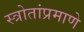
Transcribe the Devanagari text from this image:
स्त्रोतांप्रमाणे